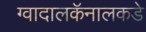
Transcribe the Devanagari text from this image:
ग्वादालकॅनालकडे